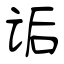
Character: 诟